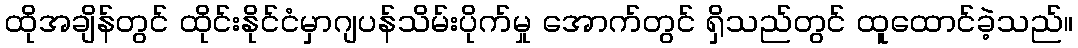
ထိုအချိန်တွင် ထိုင်းနိုင်ငံမှာဂျပန်သိမ်းပိုက်မှု အောက်တွင် ရှိသည်တွင် ထူထောင်ခဲ့သည်။